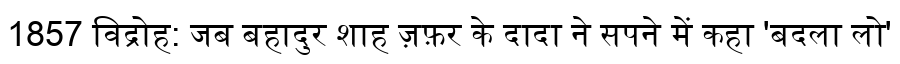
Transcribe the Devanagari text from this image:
1857 विद्रोह: जब बहादुर शाह ज़फ़र के दादा ने सपने में कहा 'बदला लो'